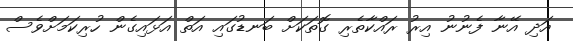
އަދި އޭނާ ފެނުނު އިރު ރައްކާތެރި ގޮތަކަށް ބަނޑުގައި އަތް އަޅައިގެން ހުރިކަމަށްވެސް